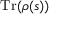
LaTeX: { \mathrm { T r } } ( \rho ( s ) )